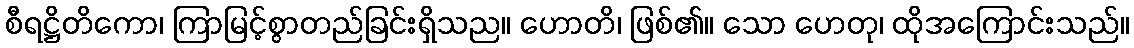
စီရဋ္ဌိတိကော၊ ကြာမြင့်စွာတည်ခြင်းရှိသည။ ဟောတိ၊ ဖြစ်၏။ သော ဟေတု၊ ထိုအကြောင်းသည်။